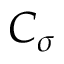
C _ { \sigma }